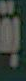
بقا